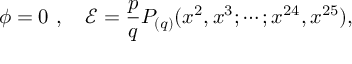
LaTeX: \phi = 0 \ , \quad \mathcal { E } = \frac { p } { q } P _ { ( q ) } ( x ^ { 2 } , x ^ { 3 } ; \cdots ; x ^ { 2 4 } , x ^ { 2 5 } ) ,